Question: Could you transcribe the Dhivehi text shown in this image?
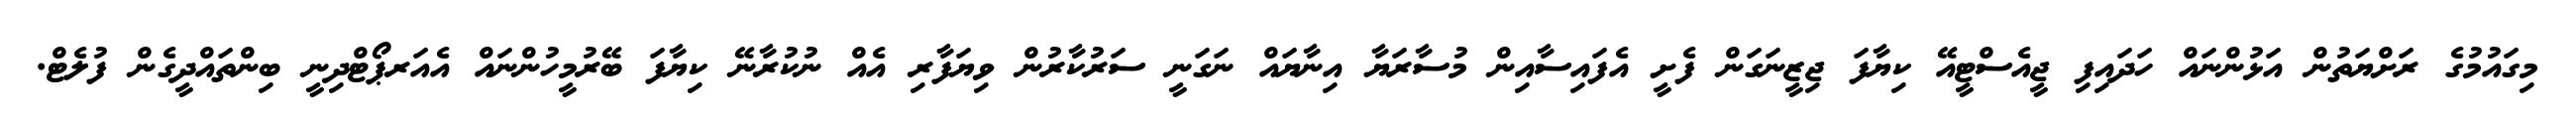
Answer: މިގައުމުގެ ރަށްޔަތުން އަޅުންނައް ހަދައިފި ޖީއެސްޓީއޭ ކިޔާފަ ޖިޒީނަގަން ފެށީ އެފައިސާއިން މުސާރަޔާ އިނާޔައް ނަގަނީ ސަރުކާރުން ވިޔަފާރި އެއް ނުކުރާނޭ ކިޔާފަ ބޭރުމީހުންނައް އެއަރޕޯޓްދިނީ ބިންތައްދީގެން ފުލެޓް.